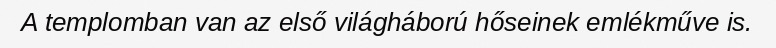
A templomban van az első világháború hőseinek emlékműve is.